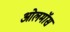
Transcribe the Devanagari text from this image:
ओलमॉस